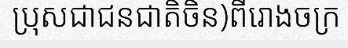
ប្រុសជាជនជាតិចិន)ពីរោងចក្រ